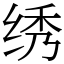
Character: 绣